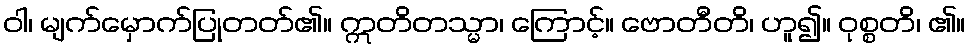
ဝါ၊ မျက်မှောက်ပြုတတ်၏။ ဣတိတသ္မာ၊ ကြောင့်။ ဗောတီတိ၊ ဟူ၍။ ဝုစ္စတိ၊ ၏။